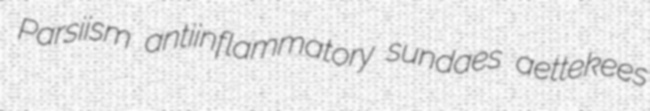
Parsiism antiinflammatory sundaes aettekees